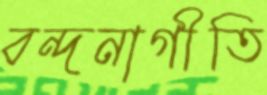
বন্দনাগীতি